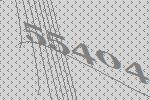
55404